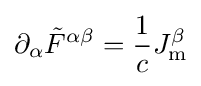
\partial _{\alpha }{{\tilde {F}}^{\alpha \beta }}={\frac {1}{c}}J_{\mathrm {m} }^{\beta }